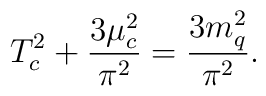
T^2_c+\frac{3 \mu ^2_c}{\pi ^2} =\frac{3 m^2_q}{\pi ^2}.